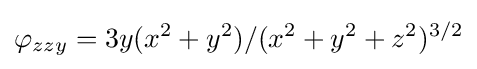
\varphi _{zzy}=3y(x^{2}+y^{2})/(x^{2}+y^{2}+z^{2})^{3/2}